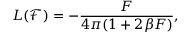
{ \cal L } ( \mathcal { F } ) = - \frac { { \cal F } } { 4 \pi ( 1 + 2 \beta { \cal F } ) } ,